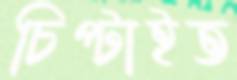
চিপ্‌টাইত